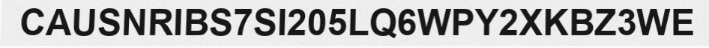
CAUSNRIBS7SI205LQ6WPY2XKBZ3WE